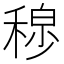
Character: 𫀾